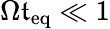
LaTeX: \Omega\mathfrak{t}_{\mathrm{{eq}}}\ll1